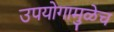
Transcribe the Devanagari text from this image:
उपयोगामुळेच